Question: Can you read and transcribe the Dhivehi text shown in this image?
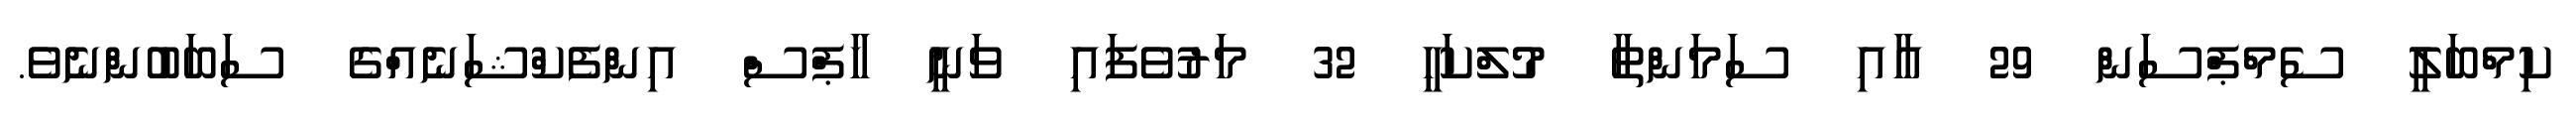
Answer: ކިމްބަލީ ސެމްޕްސަން 29 އާއި ސަމަންތާ މުލްކަހީ 32 މަރުވެފައި ވަނީ ހާޕްސް އިންފެކްޝަނެއްގެ ސަބަބުންނެވެ.